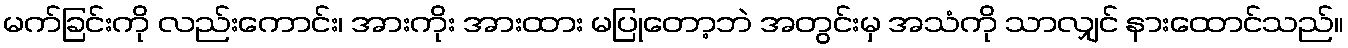
မက်ခြင်းကို လည်းကောင်း၊ အားကိုး အားထား မပြုတော့ဘဲ အတွင်းမှ အသံကို သာလျှင် နားထောင်သည်။